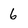
Character: 6